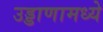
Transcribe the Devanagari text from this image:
उड्डाणामध्ये